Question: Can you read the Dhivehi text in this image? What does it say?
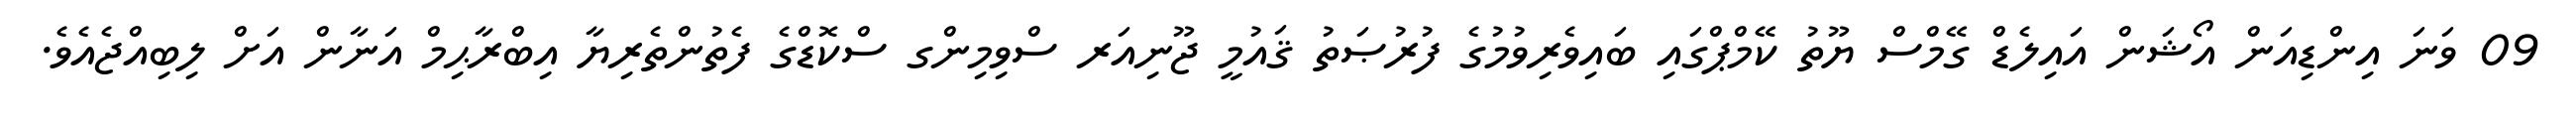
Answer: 09 ވަނަ އިންޑިއަން އޯޝަން އައިލެޑް ގޭމްސް ޔޫތު ކޭމްޕްގައި ބައިވެރިވުމުގެ ފުރުޞަތު ޤައުމީ ޖޫނިއަރ ސްވިމިންގ ސްކޮޑްގެ ފެތުންތެރިޔާ އިބްރާޙިމް އަނާން އަށް ލިބިއްޖެއެވެ.